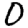
Digit: 0